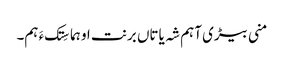
منی بیڑی آہم شہ یاتاں برنت او ہما سِتک ءَ ہم۔